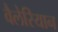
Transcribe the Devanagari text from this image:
वैलेरियान